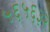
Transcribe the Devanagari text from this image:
५६५६३२